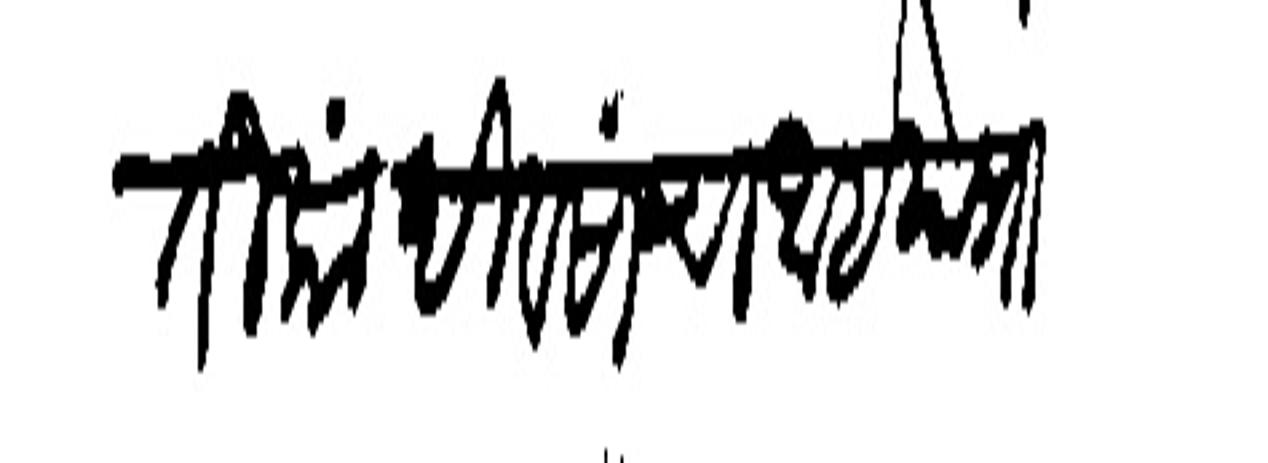
Transliteration (Devanagari): तीकां दिवसांचा आहे या प्रांतीं